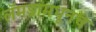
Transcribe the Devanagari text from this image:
लॅमडामधूनच